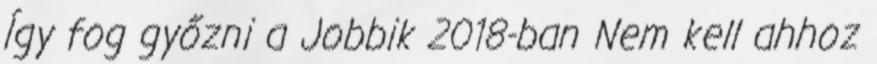
Így fog győzni a Jobbik 2018-ban Nem kell ahhoz